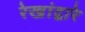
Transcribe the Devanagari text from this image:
रेखांद्वारे